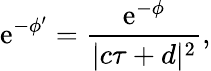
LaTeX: \mathrm{e}^{-\phi^{\prime}}=\frac{{\mathrm{e}^{-\phi}}}{{|c\tau+d|^{2}}},